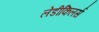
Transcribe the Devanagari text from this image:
लेडीकिलर्स